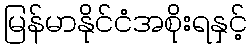
မြန်မာနိုင်ငံအစိုးရနှင့်